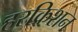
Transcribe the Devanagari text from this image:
हरक्रिशन